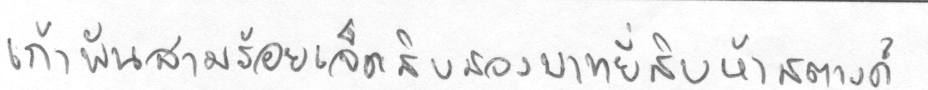
เก้าพันสามร้อยเจ็ดสิบสองบาทยี่สิบห้าสตางค์